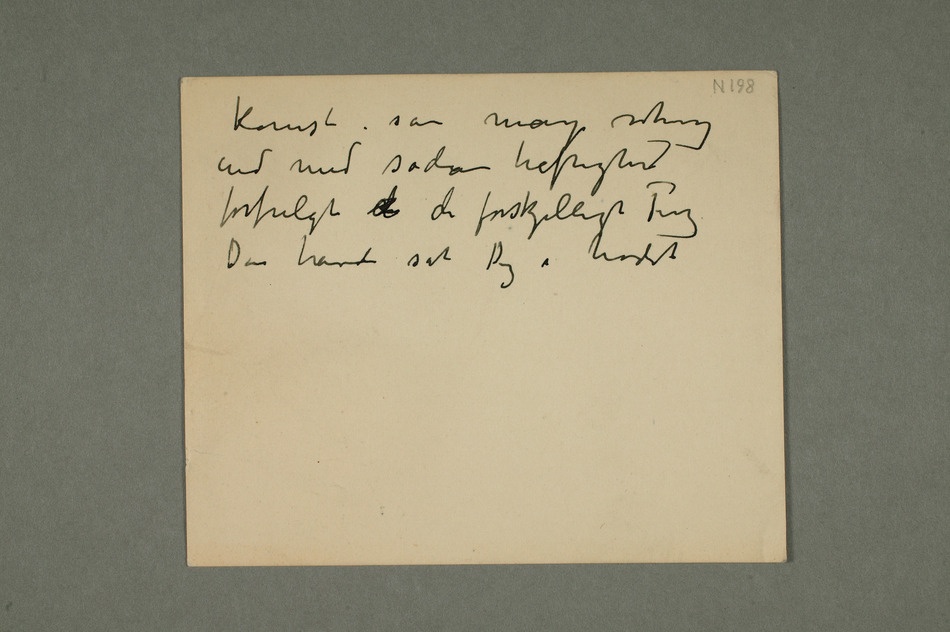
komst i
sådan heftighed
forfulgt d
de
forskjellige Ting
Du havde sat
Dig i